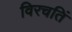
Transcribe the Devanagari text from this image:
विरचतिं